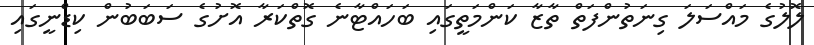
ލޮލުގެ މައްސަލަ ގިނަތުންފަތް ތާޒާ ކަންމަތީގައި ބަހައްޓާނެ ގޮތްކަރާ އޮށުގެ ސަބަބުން ކިޑްނީގައި